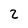
Character: 2